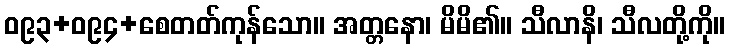
ဝ၉၃+ဝ၉၄+စေတတ်ကုန်သော။ အတ္တနော၊ မိမိ၏။ သီလာနိ၊ သီလတို့ကို။